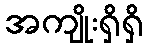
အကျိုးရှိရှိ